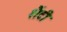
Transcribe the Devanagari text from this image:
शैंटी